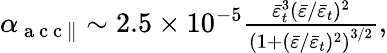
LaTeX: \begin{array}{r}{\alpha_{\mathrm{~a~c~c~}\parallel}\sim 2.5\times 10^{-5}\frac{\bar{\varepsilon}_{t}^{3}(\bar{\varepsilon}/\bar{\varepsilon}_{t})^{2}}{\left(1+(\bar{\varepsilon}/\bar{\varepsilon}_{t})^{2}\right)^{3/2}},}\end{array}